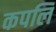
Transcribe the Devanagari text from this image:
कपलि